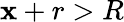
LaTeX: \mathbf{x}+r>R